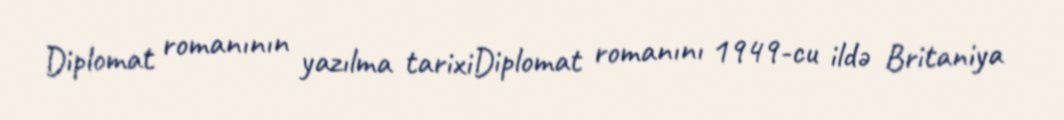
Diplomat romanının yazılma tarixiDiplomat romanını 1949-cu ildə Britaniya